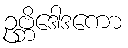
ဥဗ္ဘိဒေါဒကော